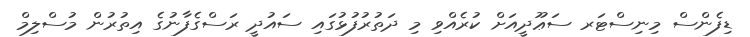
ޑިފެންސް މިނިސްޓަރ ސަޢޫދީއަށް ކުރެއްވި މި ދަތުރުފުޅުގައި ސައުދީ ރަސްގެފާނުގެ އިތުރުން މުސްލިމް